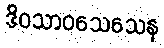
ဒိဝသာဝသေသေန